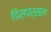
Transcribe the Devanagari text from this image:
डिसपर्सल